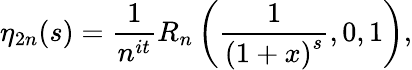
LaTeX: \eta_{2n}(s)={\frac{1}{n^{it}}}R_{n}\left({\frac{1}{{(1+x)}^{s}}},0,1\right),